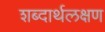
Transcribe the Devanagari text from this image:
शब्दार्थलक्षण